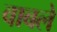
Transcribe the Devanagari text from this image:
वाबले